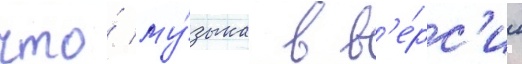
что́ му́зыка в в'е́рс'ии